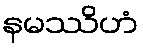
နမဿိဟံ